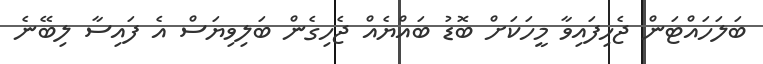
ބަލަހައްޓަން ޖެހިފައިވާ މީހަކަށް ބޮޑު ބައްޔެއް ޖެހިގެން ބަލިވިޔަސް އެ ފައިސާ ލިބޭނެ